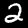
Digit: 2